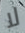
لا